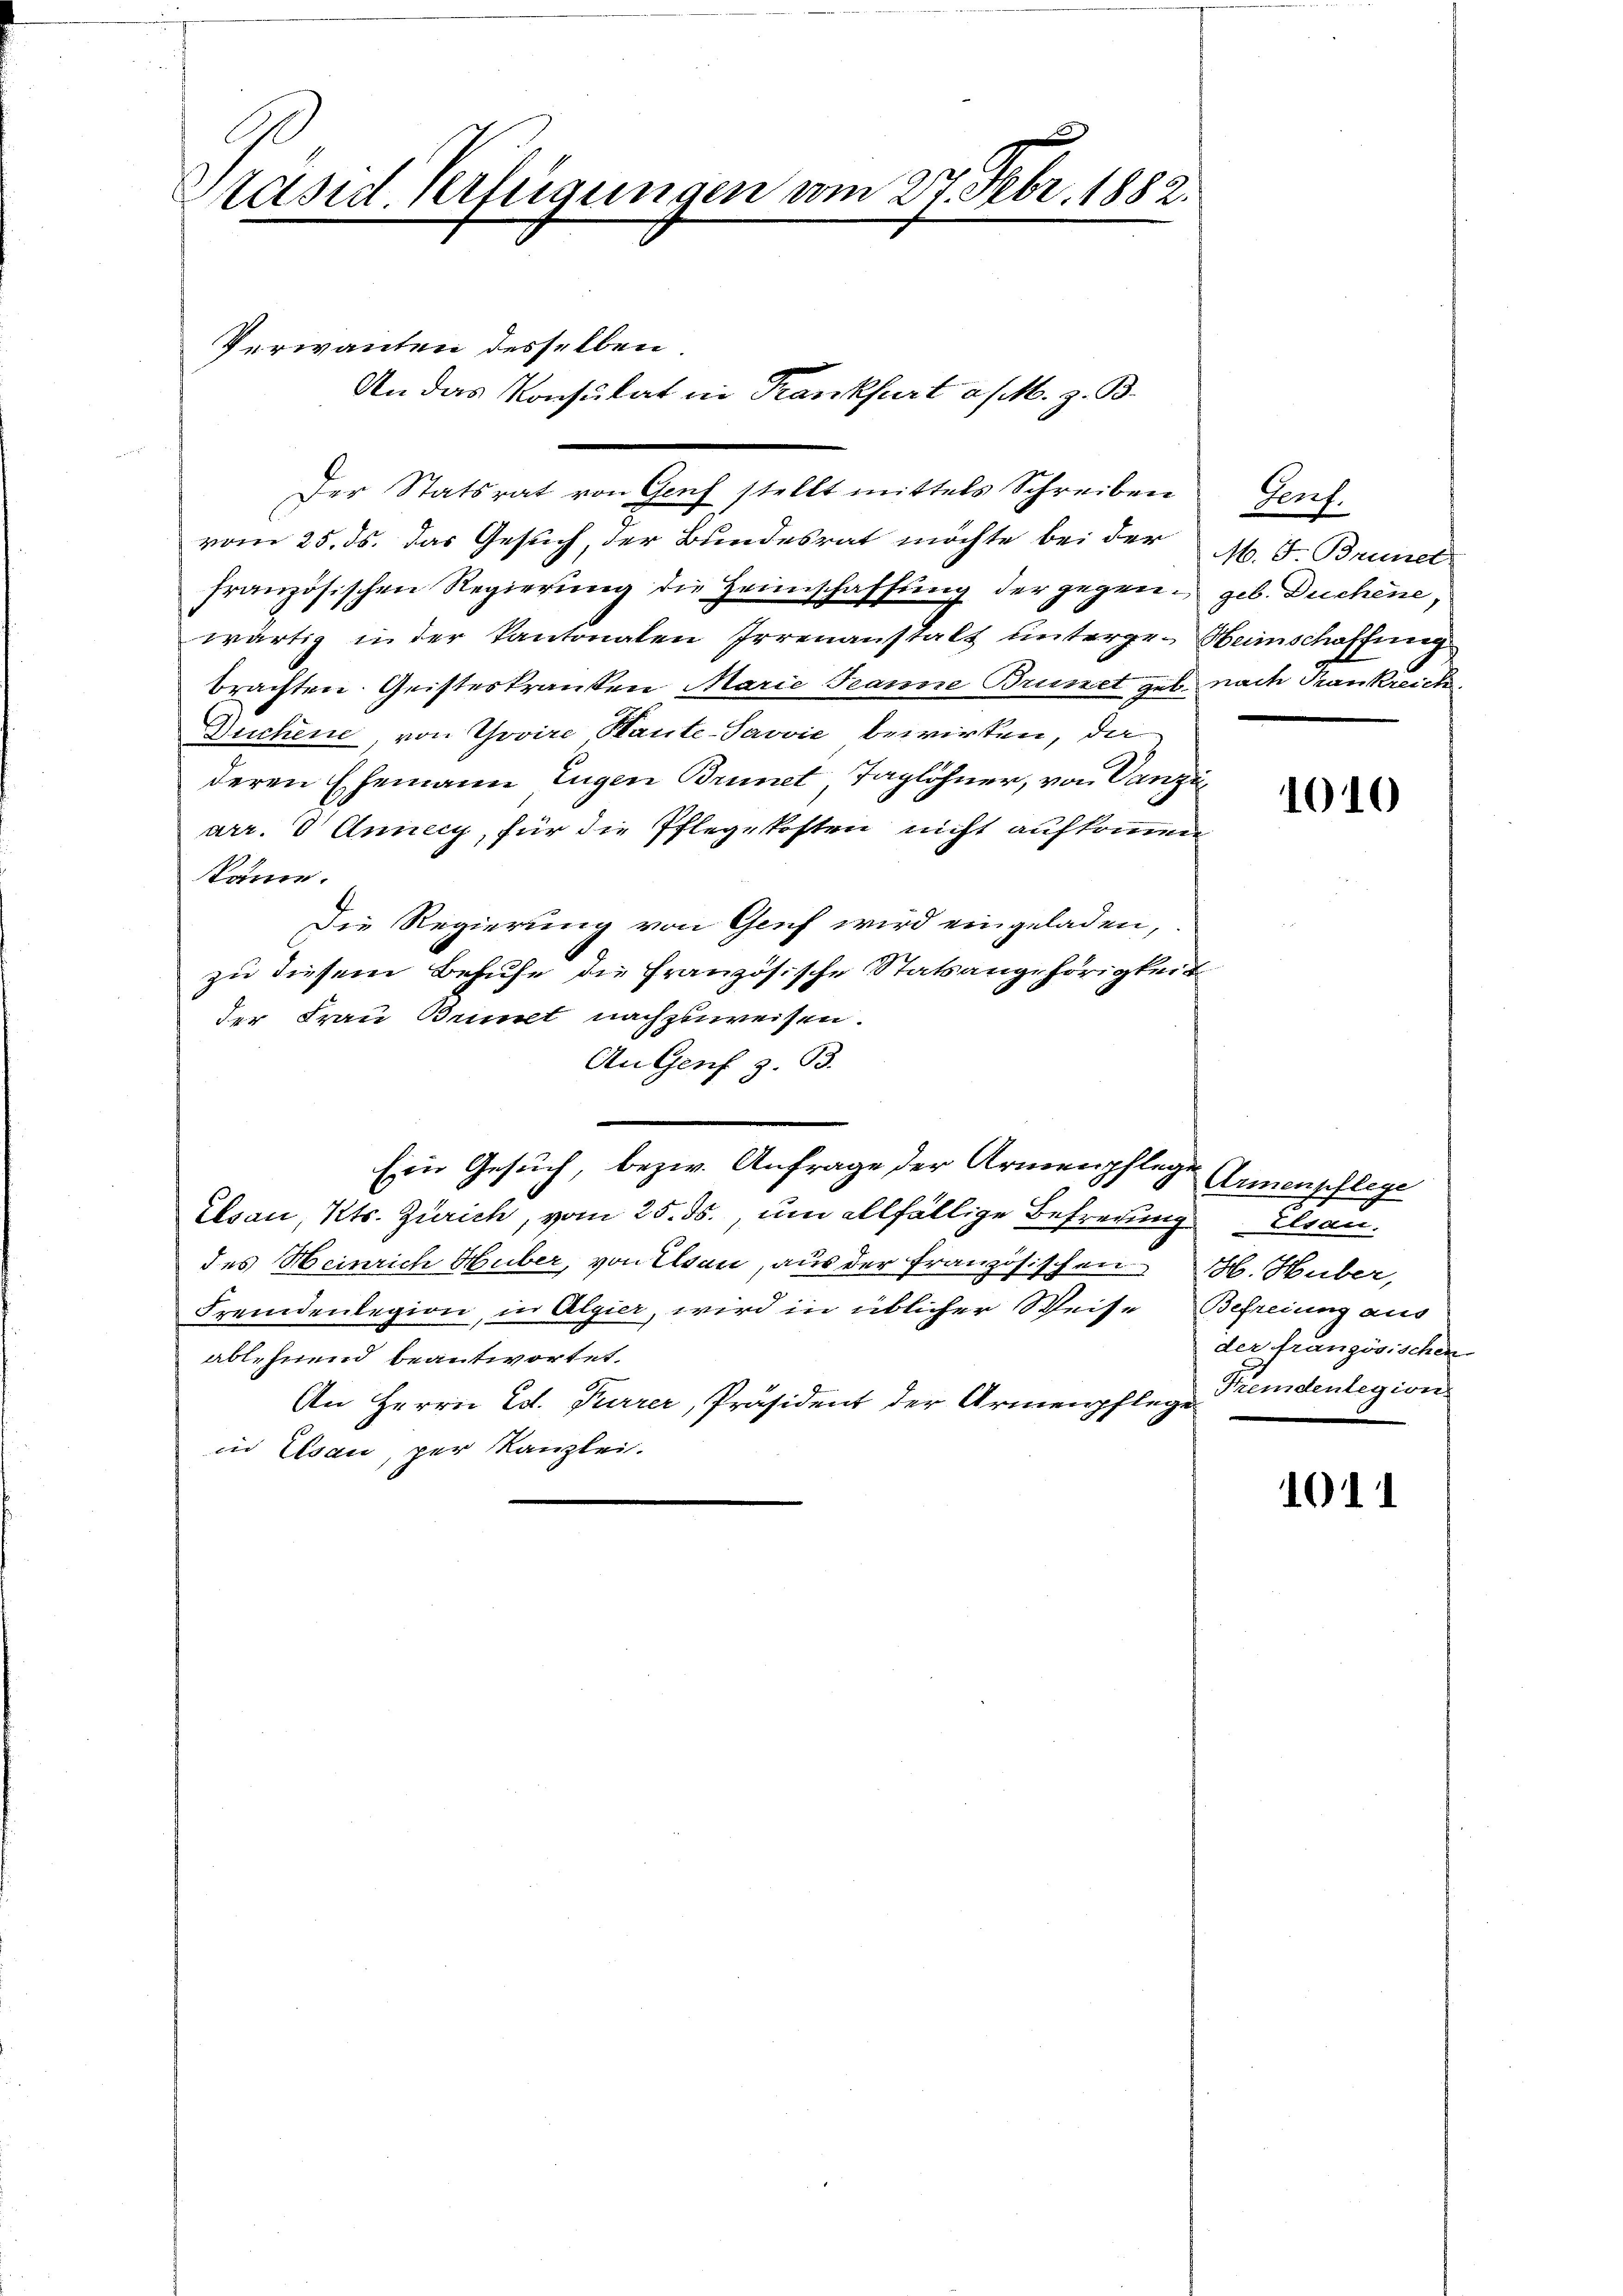
Präsid. Verfügungen vom 27. Febr. 1882.

Der Statsrat von Genf stellt mittels Schreiben
vom 25. ds. das Gesuch, der Bundesrat möchte bei der M. J. Brune
französischen Regierung die Heimschaffung der gegen geb. Duchene,
wärtig in der Kantonalen Irrenanstalt unterge. Heinschaffung
brachten. Geisteskranken Marie Jeanne Brünet gut nach Frankreich
Duchene von Govire Haute-Savvić bewirken, da
deren Ehemann Eugen Brunet Taglöhner, von Canzi
arr. 8 Annecy, für die Pflegekosten nicht aufkommen
kann.
Die Regierung von Genf wird eingeladen,
zu diesem Behufe die französische Statsangehörigkeit
der Frau Brinet nachzuweisen.
An Genf z. B.
Ein Gesuch, bezw. Anfrage der Armenpflegen Armenpflege
Elsau, Kts. Zürich, vom 25. ds., um allfällige Befreiungiren.
des Heinrich Huber, von Elsau, aus der Französischen H. Huber,
Fremdenlegion, in Algier, wird in üblicher Weise Befreiung aus
ablehnend beantwortet.
An Herrn Ed. Furrer, Präsident der Armenpflege Premdenlegion
in Elsau, per Kanzlei.

Verwanten desselben.

An das Konsulat in Frankfurt a/M. z. B.

Genf.

1010

der französischen

1011